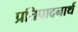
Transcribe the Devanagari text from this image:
प्रतिपादनार्थ